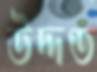
উদ্দণ্ড